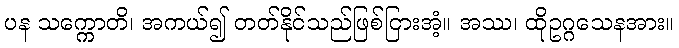
ပန သက္ကောတိ၊ အကယ်၍ တတ်နိုင်သည်ဖြစ်ငြားအံ့။ အဿ၊ ထိုဥဂ္ဂသေနအား။